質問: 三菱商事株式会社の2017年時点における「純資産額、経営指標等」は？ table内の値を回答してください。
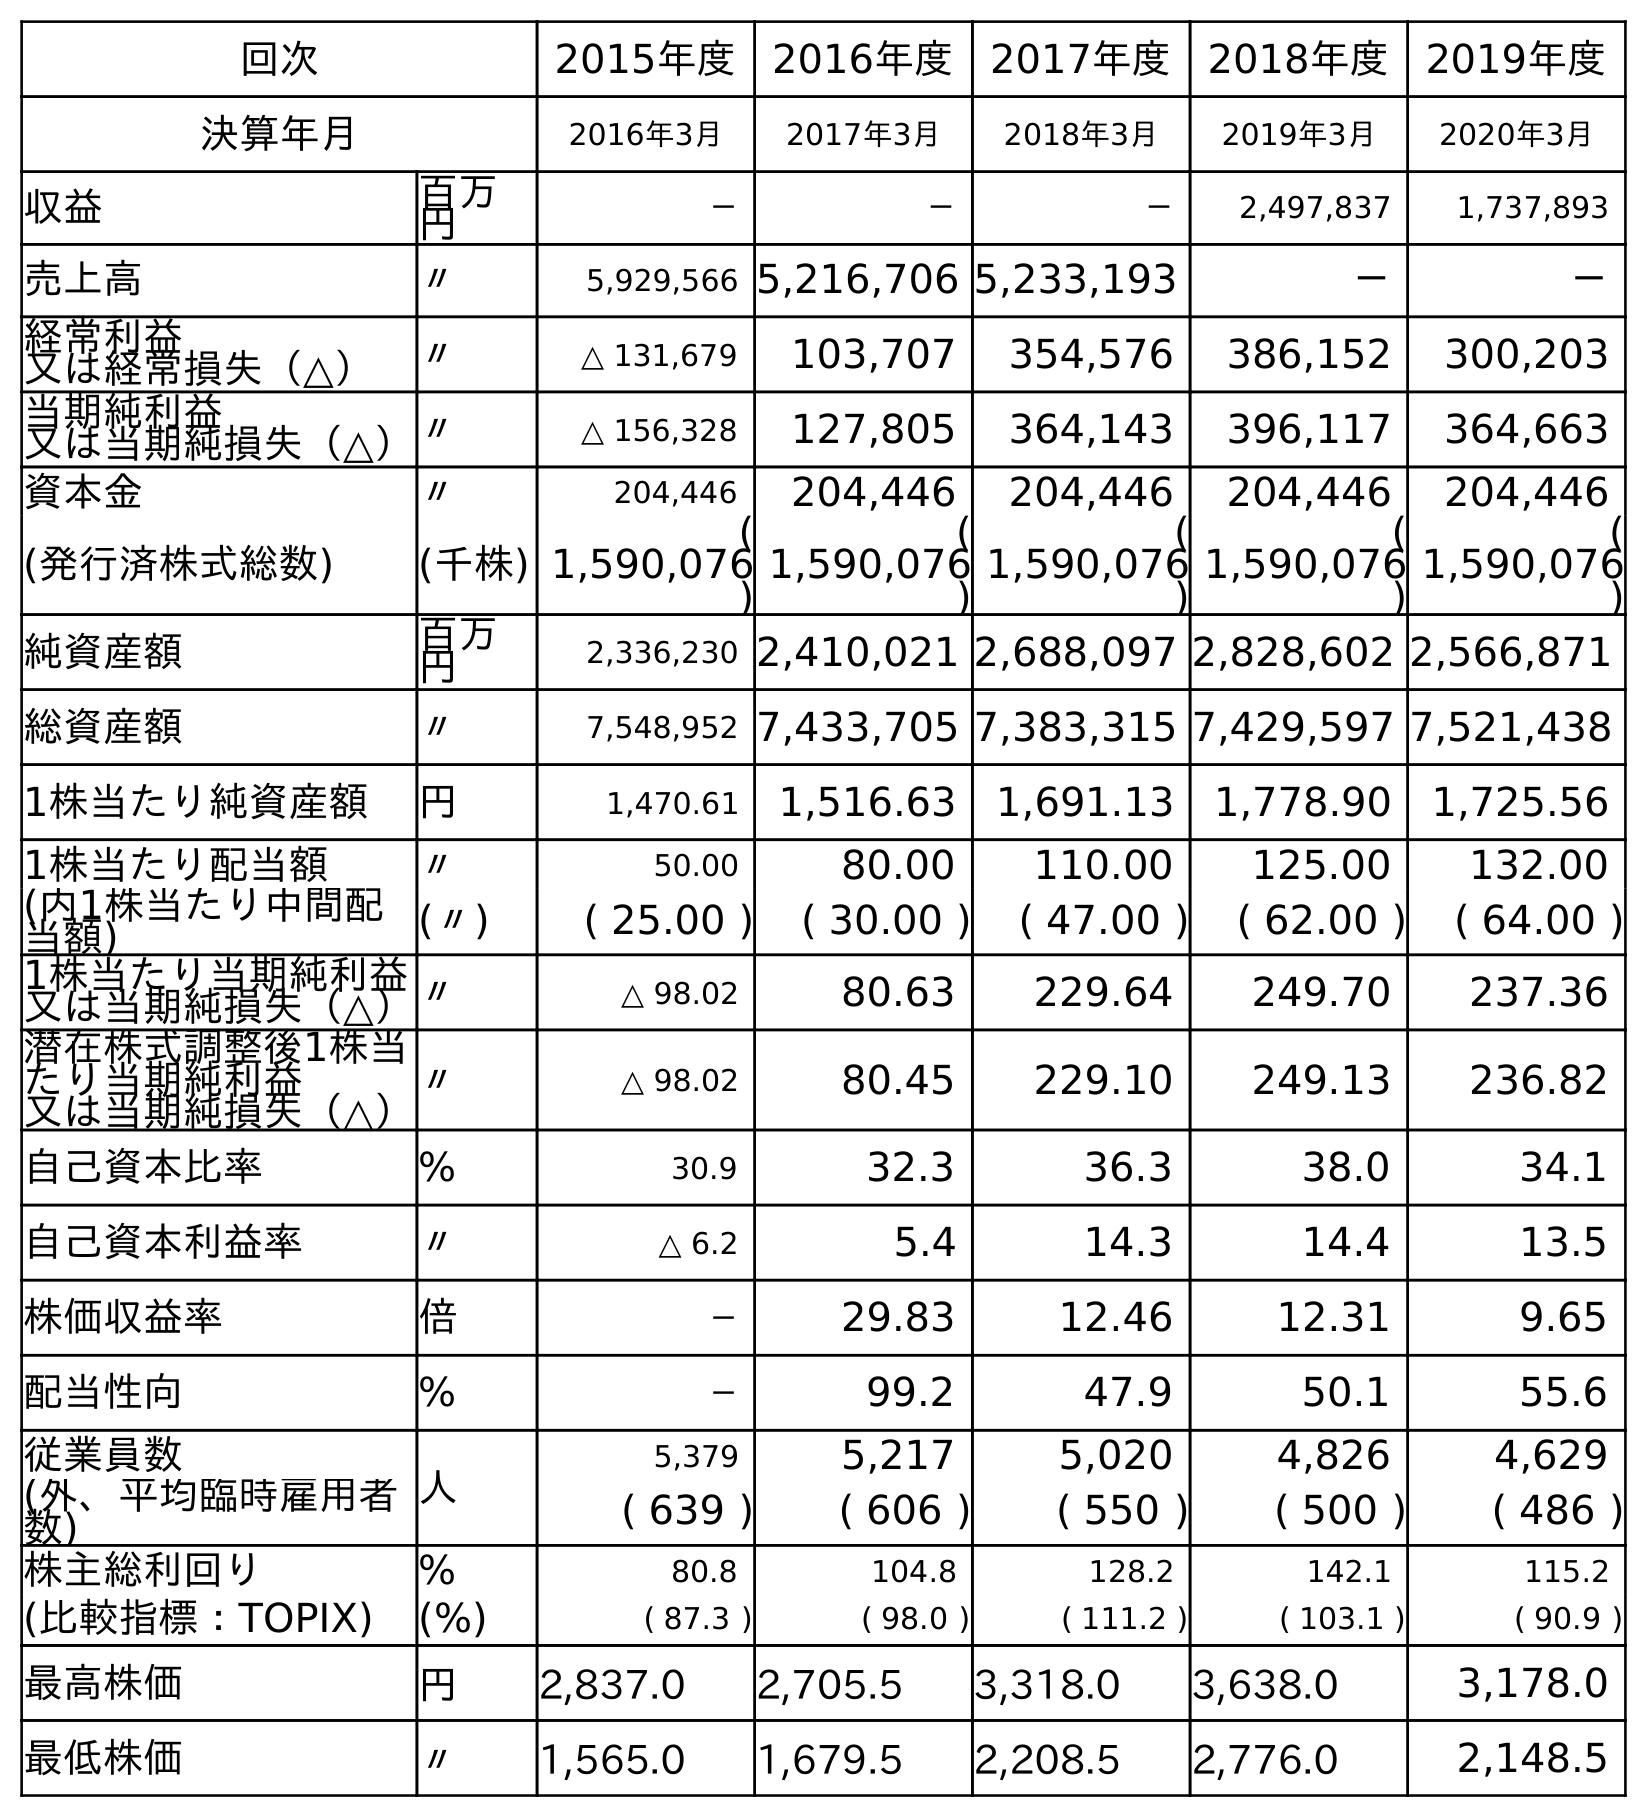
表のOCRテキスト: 回次 2015年度 2016年度 2017年度 2018年度 2019年度 決算年月 2016年3月 2017年3月 2018年3月 2019年3月 2020年3月 収益 百万 円 － － － 2,497,837 1,737,893 売上高 〃 5,929,566 5,216,706 5,233,193 － － 経常利益 又は経常損失（△） 〃 △ 131,679 103,707 354,576 386,152 300,203 当期純利益 又は当期純損失（△）〃 △ 156,328 127,805 364,143 396,117 364,663 資本金 〃 204,446 204,446 204,446 204,446 204,446 (発行済株式総数) (千株) ( 1,590,076 ) ( 1,590,076 ) ( 1,590,076 ) ( 1,590,076 ) ( 1,590,076 ) 純資産額 百万 円 2,336,230 2,410,021 2,688,097 2,828,602 2,566,871 総資産額 〃 7,548,952 7,433,705 7,383,315 7,429,597 7,521,438 1株当たり純資産額 円 1,470.61 1,516.63 1,691.13 1,778.90 1,725.56 1株当たり配当額 〃 50.00 80.00 110.00 125.00 132.00 (内1株当たり中間配 当額) (〃) ( 25.00 ) ( 30.00 ) ( 47.00 ) ( 62.00 ) ( 64.00 ) 1株当たり当期純利益 又は当期純損失（△）〃 △ 98.02 80.63 229.64 249.70 237.36 潜在株式調整後1株当 たり当期純利益 又は当期純損失（△） 〃 △ 98.02 80.45 229.10 249.13 236.82 自己資本比率 % 30.9 32.3 36.3 38.0 34.1 自己資本利益率 〃 △ 6.2 5.4 14.3 14.4 13.5 株価収益率 倍 － 29.83 12.46 12.31 9.65 配当性向 % － 99.2 47.9 50.1 55.6 従業員数 人 5,379 5,217 5,020 4,826 4,629 (外、平均臨時雇用者 数) ( 639 ) ( 606 ) ( 550 ) ( 500 ) ( 486 ) 株主総利回り % 80.8 104.8 128.2 142.1 115.2 (比較指標：TOPIX) (%) ( 87.3 ) ( 98.0 ) ( 111.2 ) ( 103.1 ) ( 90.9 ) 最高株価 円 2,837.0 2,705.5 3,318.0 3,638.0 3,178.0 最低株価 〃 1,565.0 1,679.5 2,208.5 2,776.0 2,148.5
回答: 2,410,021